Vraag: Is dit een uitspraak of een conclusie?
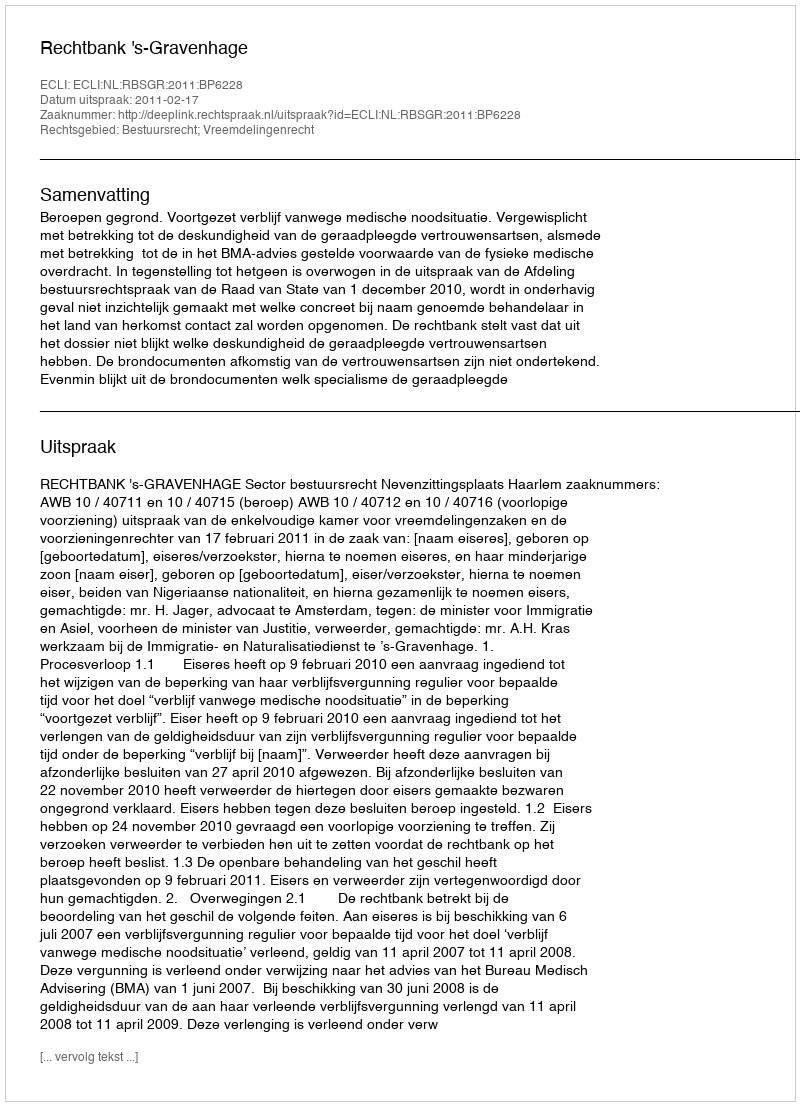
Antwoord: Uitspraak